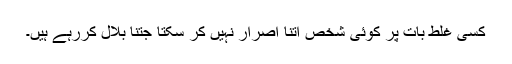
کسی غلط بات پر کوئی شخص اتنا اصرار نہیں کر سکتا جتنا بلال کررہے ہیں۔